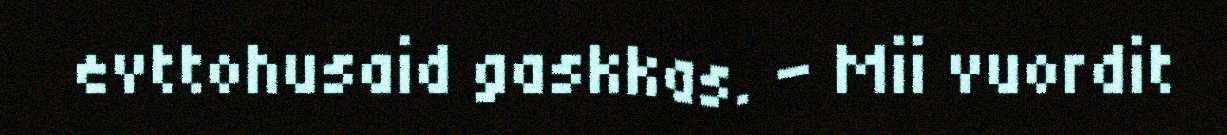
evttohusaid gaskkas. - Mii vuordit